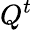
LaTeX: Q^{t}